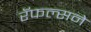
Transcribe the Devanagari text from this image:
रॅफल्सने